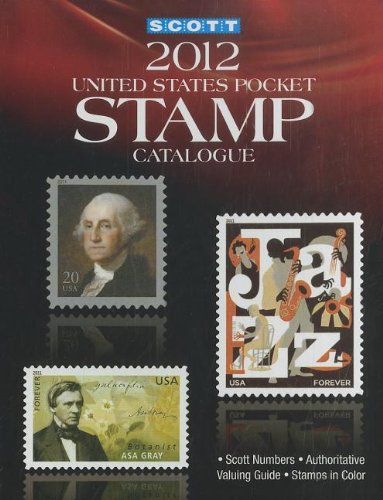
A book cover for Scott 2012 U.S. Pocket Stamp Catalogue; Charles Snee; Crafts, Hobbies & Home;